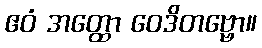
ဧဝံ အတ္ထော ဝေဒိတဗ္ဗော။